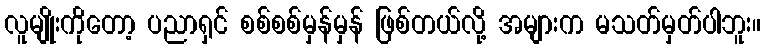
လူမျိုးကိုတော့ ပညာရှင် စစ်စစ်မှန်မှန် ဖြစ်တယ်လို့ အများက မသတ်မှတ်ပါဘူး။